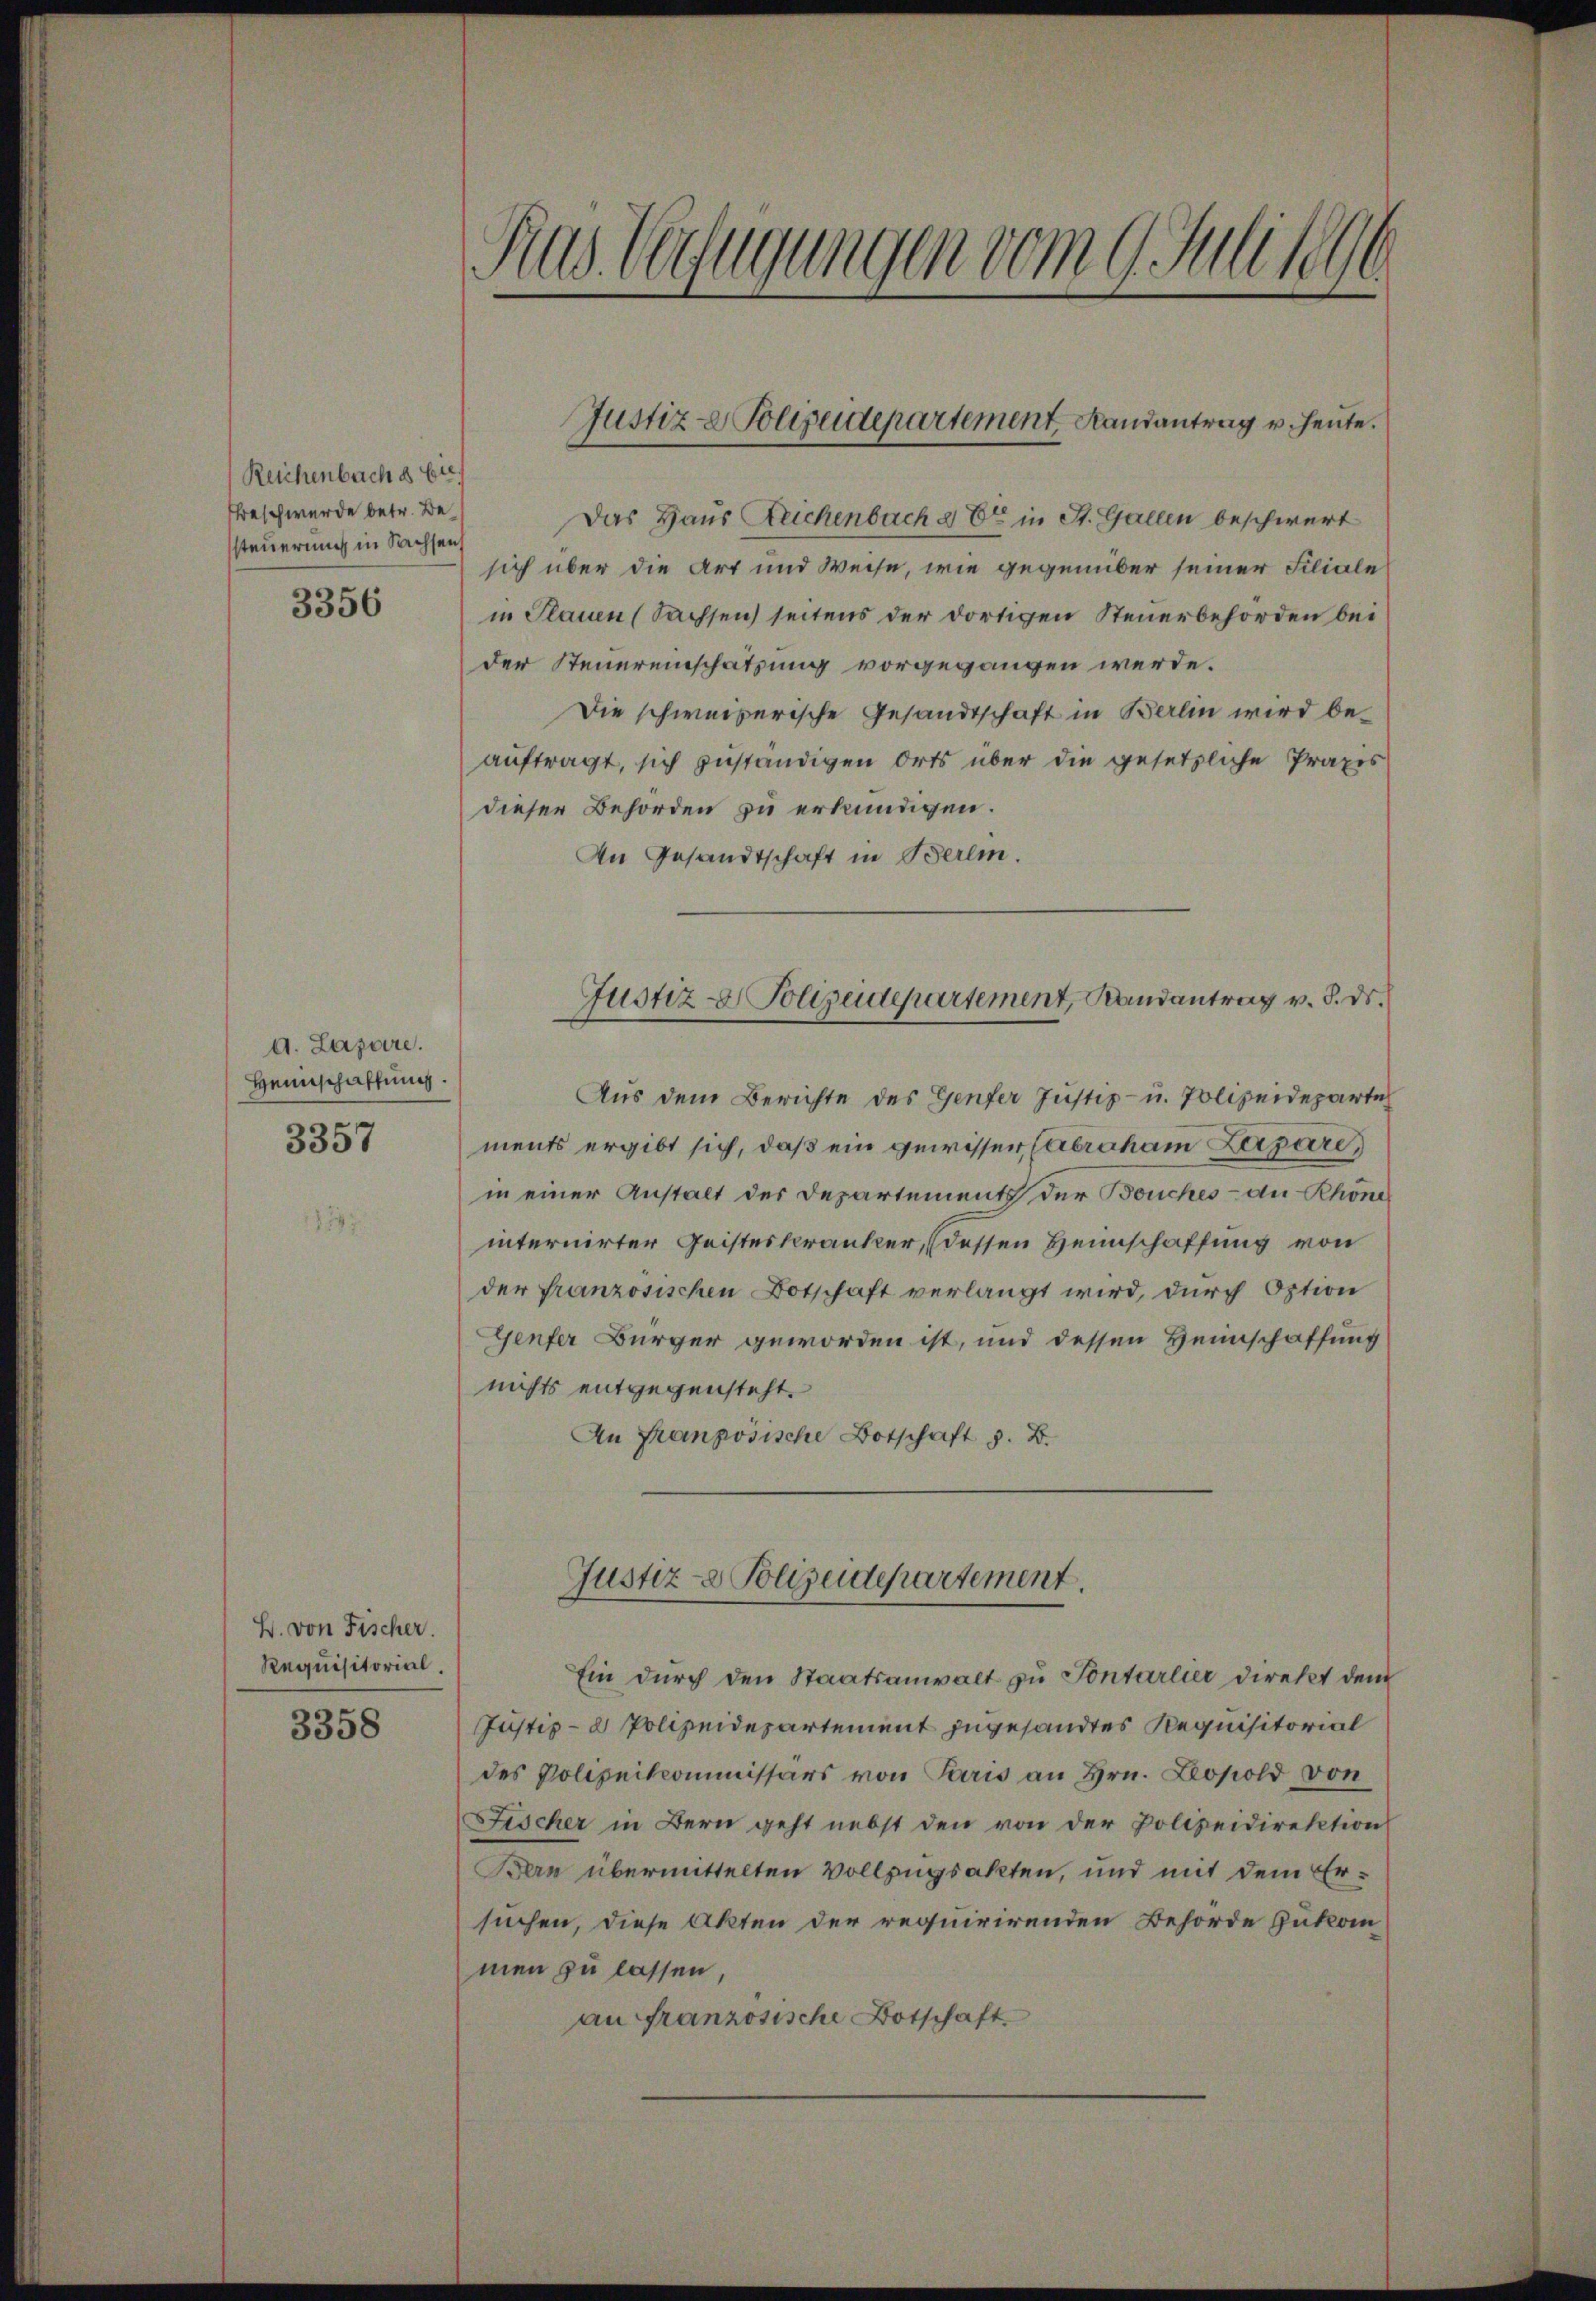
Reichenbach d Etr
Frasch wurde betr. Besteuerung in Sachsen

3356

d. Lazare.
Heimschaffung.
3357

B. von Fischer.
Requisitorial.

3358

Rus Verfügungen vom 9. Juli 1890

Das Haus Reichenbach & Er in St. Gallen beschwert
sich über die Art und Weise, wie gegenüber seiner Filiale
in Plauen (Sachsen seitens der dortigen Steuerbehörden bei
der Steuereinschatzung vorgegangen werde.
Die schweizerische Gesandtschaft in Berlin wird beauftragt, sich zuständigen Orts über die gesetzliche Praxis
dieser Behörden zu erkundigen.
An Gesandtschaft in Berlin.
Aus dem Berichte des Genfer Justiz- u. Polizeideparte
ments ergibt sich, daß ein gewisser (Abraham Aargare,
in einer Anstalt der Departement der Bouches - an Rhöne
internirter Geisteskranker, (dessen Heimschaffung von
der französischen Botschaft verlangt wird, durch Option
Genfer Bürger geworden ist, und dessen Heimschaffung
nichts entgegensteht.
An Französische Botschaft z. B.
Justiz- & Polizeidepartement.
Ein durch den Staatsanwalt zu Pontarlier direkt dem
Justiz- & Polizeidepartement zugesandtes Requisitorial
des Polizeikommissärs von Paris an Hrn. Leopold von
Fischer in Bern geht nebst den von der Polizeidirektion
Bern übermittelten Vollzugsakten, und mit dem Ersuchen, diese Akten der requirirenden Behörde zukom-
men zu lassen,
an französische Botschaft.

Justiz- & Polizeidepartement Landantrag u. heute.

Justiz- & Polizeidepartement, Randantrag v. 8. ds.